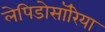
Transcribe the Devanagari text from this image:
लेपिडोसॉरिया